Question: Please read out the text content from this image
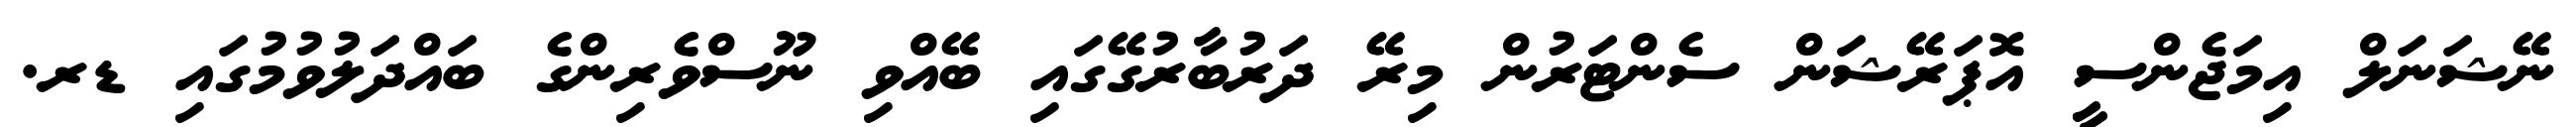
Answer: ނޭޝަނަލް އިމަޖެންސީ އޮޕަރޭޝަން ސެންޓަރުން މިރޭ ދަރުބާރުގޭގައި ބޭއްވި ނޫސްވެރިންގެ ބައްދަލުވުމުގައި ޑރ.